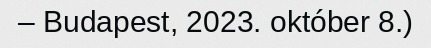
– Budapest, 2023. október 8.)